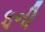
ફની